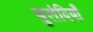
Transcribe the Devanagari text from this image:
बुलंदियाँ